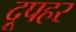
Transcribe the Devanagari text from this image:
दूपहर